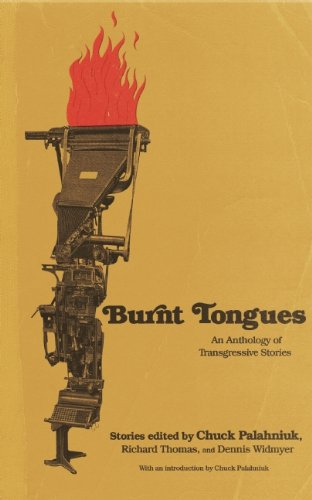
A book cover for Burnt Tongues; Literature & Fiction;